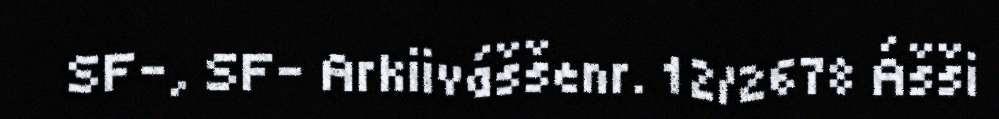
SF-, SF- Arkiiváššenr. 12/2678 Ášši